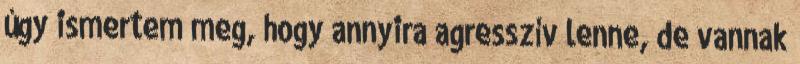
úgy ismertem meg, hogy annyira agresszív lenne, de vannak